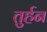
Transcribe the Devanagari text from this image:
तुर्हन